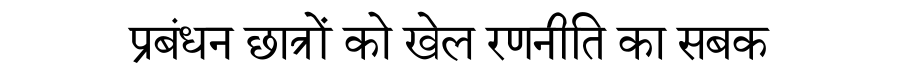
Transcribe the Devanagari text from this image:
प्रबंधन छात्रों को खेल रणनीति का सबक